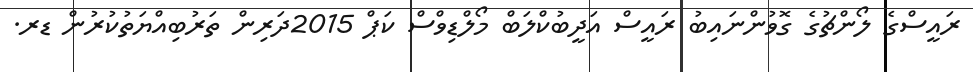
ރައީސްގެ ލޯންޗުގެ ގޮވުންނައިބު ރައީސް އަދީބުކްލަބް މޯލްޑިވްސް ކަޕް 2015ދަރިން ތަރުބިއްޔަތުކުރުން ޑރ.